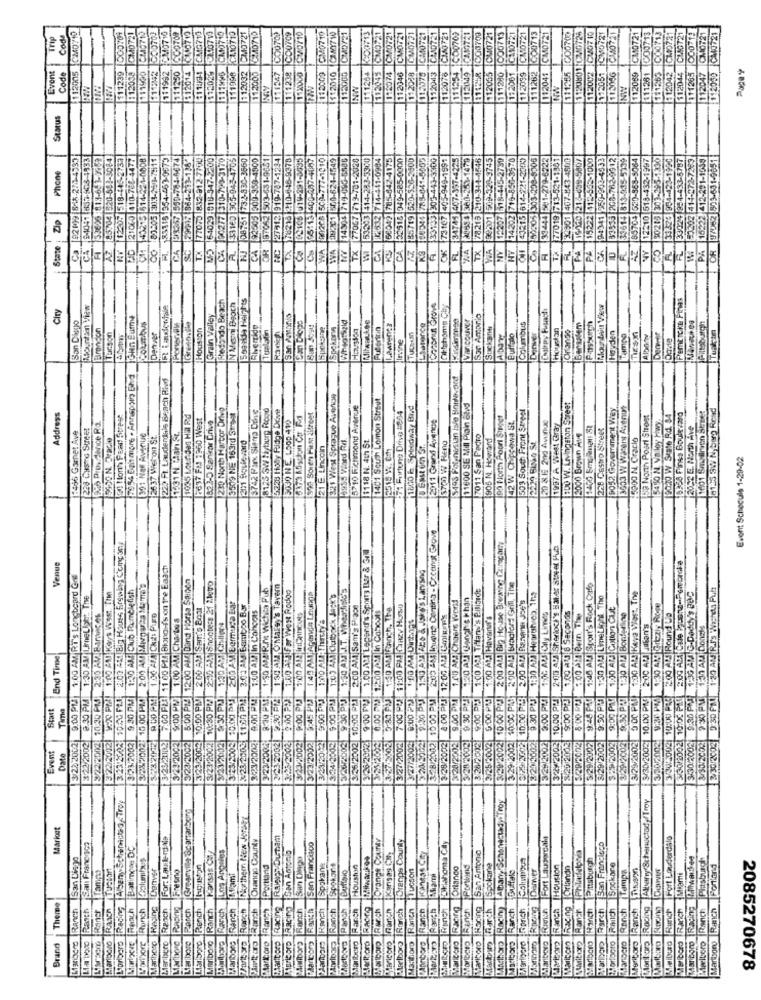
58.10719
C.1.10710
CM0710
112089 CM0721
111281 ICO0713
111363 C00713
12042 CM0721
$12044 CM46721
111265 000 14
CMO721
D 2030 CM0721
Trip
CM0710
111239 DO0704
CM0721
0712
CM0721
C240710
CO0700
CO0709
CW0710
C340721
21
21
21
21
21
21
1000700
112002 CM07 10
CM
CM
Cu
CN
CM
112098
115000
112048
112047
Event
Code
1111990
$11292
111992
111250
812014
172029
1111996
111998
11203
112000
111247
1111238
112000
112003
1112010
11126
113045
11207
112046
112043
112076
11125
112049
112055
111280
112059
82
112041
111265
NY
1130
112
Status
92199 845-270-4337
B4041 837-905-1333
33626 -813-643-9959
85704 320-888-9084
12205 518-145-2737
2737
4477
43215 514-221-0008
83505 303-240-7911
(53-0573
784-6674
4-213-138-
77070 832-912-7700
347-2200
120-3170
9-4500
4-4846
3-4900
29-5807
-1000
43-470
Phone
EC 21060 410-76
33024 354-4
83115 35
Dp
CA 93357
14904
77067
53503
3167
34745
15222
33323
3202
7701
1622
State
CA
CA
CA
Co
WA
IVA
TX
KS
FL
HY
TX
PE
N Men Beoch
50and9 Heights
Pemticke Pinas
Ciry
Mountain View
Redondo Beach
Coconut Grove
Ditishomy Chy
San Diego
Grain Valley
San Antonio
Brandon
Columbus
Poner.OM
Houston
Spokane
Spokom
Futeritin
Lawrence
Spckaffe
Columbus
Orange
Bensalem
Pthburen
Pittsburgh
Tucson
Denver
Irvine
Denver
Hayden
Tampo
Denver
7954 Bgin more . Annepory Bhvd
223 Ft. Lauderdale Brach Rivd
5195 Polynesian Iole Honhavard
Eut West Spraque Avenge
1401 South Lemon Street
230 North Hartor Drive
8125 5W Hyburg Road
3.328 Hoby Ridge Drive
5710 Richmond Avenue
7 Furtung Drive #884
1800 h Speedway Bayd
11600 SE Mill Plain 8hd
503 South Front Street
800 W. Livingston Street
9052 Goverment Wey
3553 w warent Asenun
1601 Smallryth Street
8135 SW N berg Rend
Address
50 tonh Pearl Street
2637 FM 1960 West
822-D Senkar Drive
3509 NE 163rd 371991
3742 Parx Sierra Daire
392 Soren First iltreet
2011 Grand Averese
199 Hortn Poort Super
20 8E 200 Avenue
58 North Posrl Street
5450 N. Valoy Fwy.
19020 W Srate Rd. 84
10990 Finsa Boulevard
2052 6. North Ave
228 Custo Street
996 Prossdenice Ro.
3030 NE. LOOP 410
42 W Chippewa St.
1997 A West Gray
220 Castro Street
1:495 Gornet Ave
5650 N. Oracle
801 NOW Avenue
2637 Wieton St.
1118 N. 4th St.
7011 San Pedro
908 N. Howard
2229 BING SE
2000 Brown Av
5000 N. Cracio
201 Boulevard
121 E. Lincoln
985 ViSed Ril
2518 W. Em
5700 W Reno
Event Schecule 1-29-02
2:03 AM Iquins Centina - Cocanot Grow
10:00 PJJ 2 00 ALI Big House Breanne Cznecar,
2:00 AKI Big House Brewing Compon
2-10 AY Sherlock's Hal.4: street Pub
9:00 PM 1.00 A Legerdr's Sports tur & 34
Venue
700 PRI 1100 PLA Biono f's on the Eaach
1:50 AM 426 & 5/65 Larvsng
3/30/20021 10:03 PM 2.00 AX Cale 17:310-Pembroke
9.00 PM 1.00 AM RT's Longbeard Gne
5:00 PM 12:00 AM Band Horta $3:00h
1:30 AM Club Ramblefish
10.00 PM 2.00 AM Mugur28 METTE'
10:30 PM 230 AX Shooters 21 Metro
8:30 PM 1-50 AMIRITE Wichen Pub
30 2 1:50 AM O'MalSy'S Tavern
9:00 PM 1:00 AM1 Titans's Piliside
1050℃ PAS 2:00 ALS Bradford Grill, The
1:45 Att Sport's Rock Cafe
P30 AM G.Daddy's Bac
B/30/2003 9:30 PAL 1 30 AN RJ'S Wishes Puh
1:30 AM IJneLift The
V:20 PM 1:00 AM Kays Wsst. The
2:00 PM 1.00 ALLFar West Rodon
1:45 AM Agenda Lounge
$:00 PM |1:05 AM Cutback Jack's
1.00 AM Choers World
2.00 AMA BREATH JOE'S
1:30 AM Hearahrob, 1h;
1:30 AM LimeLight, The
10:00 PM |200 AN Sam's Bott
200 AM Bermuda Bar
28/2003; t 1:37 PM| 3:03 AM Bamboo Bar
1:00 AM In Cohoots
335/2002 10:00 PM 2:00 AM| Sam's Place
2:30 PMJ 1:50 AM Ranch, The
7:00 PCS 11:00 PM CAREY HOISO
1500 AMS Cily Lines
1:30 ALA Bortyring
9:30 PM 4:30 AM Groziy Rome
10:30 PM 2:30 AM Barnices
1:00 AM Charto's
5:00 PMJ 1:10 AL-Thirsty's
6:00 PM 2:00AM In Coboot
8:00 PUJ 12:00 AM GiRER's
5:00 PM :00 AM Havarur's
1.00 ALI 8 Seconds
200 AL Round Up
2-00 AL Jukan's
ETh AM DonsHs
End Time
8.30 PM
10.00 FLI
9.30 PM
:30 PM)
9:00 PM
8:45 PM
328/2002 10 :00 PM
9.00 PM
9:30 PM
2:00 PM
10.00 PPI
9:00 PEJ
9:40 PM
8/29/2002 9 90 PM
9:00 PM
10.00 PM
3/34/20021 10500 FRE
230 PM
Start
Time
18
3 23.2003
3725/2002
3/23/20-2
5/28/20021
2/26/2002
$/30/2002
3/22 2002
5322/2002
E222002
22/2002
3272002
3242002
3.29/2182
3/23/2002
3/23/2002
ES23/2003
3/23.2002
E232002
303/2002
3/23/2004
223-20621
323/2002
3/23/2002
324-2002
3/26/2002
3-25/2002
327.2002
3/27/2002
2/28/2002
3028/2002
3 28/2002
2002
002
29/2003
&29/2002
5/29/2002
5/29/2002
$29/2002
329/2002
3/29/2002
S/30/2002
Event
Date
3/29
3.2
Athoro Racing Albany, SchenectadyTroy
L'oribero Racing Albany Schenectag Tror
Greenville Spararberg
Marloro Racing Albany Schenuctod /Troy
Northern New JetAFY
Marioet
For: Lauterdala
Orange County
Racing Rainsvounam
Drange CzuNY
Orange County
Fort Laudercall
Fort Lauderdale
San Francisco
Baltimore DC
Los Angeles
San Francisco
Oklahoma City
San Francisco
San Diego
Kansas Co/
San Diego
Milwaukee
Kansas City
San Antonio
Pittsburgh
Platsburgh
w TUcion
Marthere Resing Conver
Marborg Raging Fresno
Portland
Spokans
Spokort
Houston
Tucson
Orianco
Portbind
Spokane
Denver
Houston
Fortando
Spokane
Tampa
Dawves
Fontand
Tampy
Buffalo
Theme
Ranch
Rasch
Marlboro RAich
Murci Ranch
L'art'vore Runch
Ranch
5
Ranch
Rench
Ranch
Ranch
30 Ranch
Ranch
uttaro Ranch
Ranch
Racing
Ranch
Ranch
Ranch
Panch
Ranch
Raona
Ranch
"coro Rarch
elboro |Ranch
3.thor Ranch
nboro Ranch
Franch
Raro
Itero Racing
Ranch
Ronch
Ranch
Racing
Ranch
Ranch
Ranch
RAIch
Ranch
Monitoro Ranch
Encina
Ruch
Marlboro Ranch
Marbyco Racing
Mæeltoro Ranch
Martsgro Ranch
Raner
Ranch
Lier lagro
pro
Partt oro
Aasitoro
Marlboro
0
Maarlb:xo
Brand
Barbara
2085270678